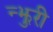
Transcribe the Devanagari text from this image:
न्झुरी